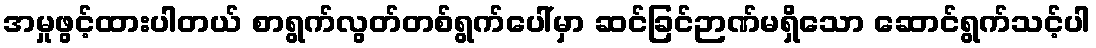
အမှုဖွင့်ထားပါတယ် စာရွက်လွတ်တစ်ရွက်ပေါ်မှာ ဆင်ခြင်ဉာဏ်မရှိသော ဆောင်ရွက်သင့်ပါ